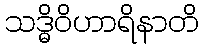
သဒ္ဓိဝိဟာရိနာတိ